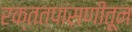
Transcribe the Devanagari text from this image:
रक्ततपासणीतून